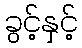
ခွင့်နှင့်